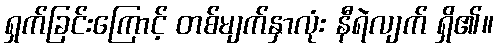
ရှက်ခြင်းကြောင့် တစ်မျက်နှာလုံး နီရဲလျက် ရှိ၏။